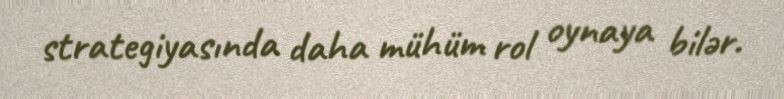
strategiyasında daha mühüm rol oynaya bilər.